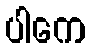
ပါကေ